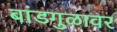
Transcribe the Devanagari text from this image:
बांडगुळावर